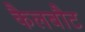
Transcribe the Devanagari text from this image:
कैलबौट